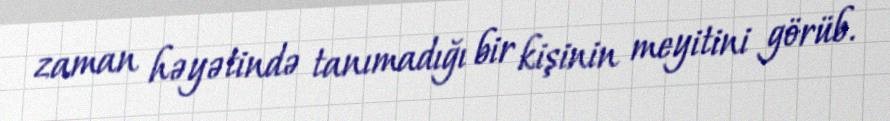
zaman həyətində tanımadığı bir kişinin meyitini görüb.